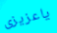
ياعزيزى